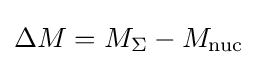
\Delta M=M_{\Sigma }-M_{\mathrm {nuc} }\,\!